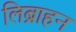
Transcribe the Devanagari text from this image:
लिब्राहन